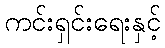
ကင်းရှင်းရေးနှင့်